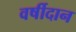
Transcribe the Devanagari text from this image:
वर्षीदान